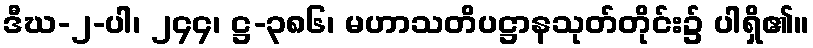
ဒီဃ-၂-ပါ၊ ၂၄၄၊ ဋ္ဌ-၃၈၆၊ မဟာသတိပဋ္ဌာနသုတ်တိုင်း၌ ပါရှိ၏။